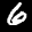
Label: 6